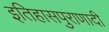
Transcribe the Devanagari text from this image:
इतिहासपुराणादी